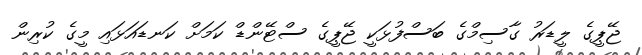
ޖޭޕީގެ ލީޑަރު ގާސިމްގެ ބަސްފުޅަކީ ޖޭޕީގެ ސްޓޭންޑް ކަމަށް ކަނޑައަޅައި މީގެ ކުރިން